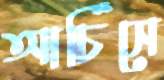
আর্চিসে